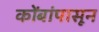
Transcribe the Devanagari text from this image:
कोंबांपासून